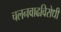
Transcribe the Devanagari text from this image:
चलनवाढविरोधी